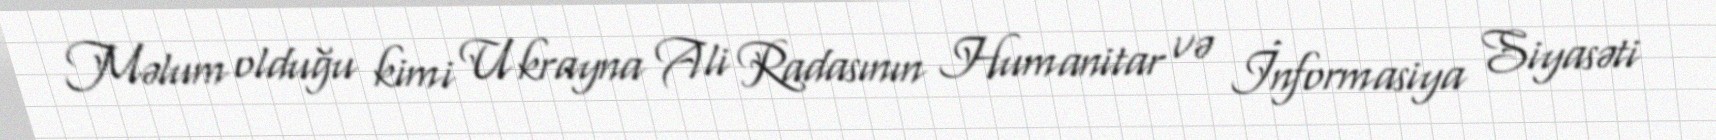
Məlum olduğu kimi Ukrayna Ali Radasının Humanitar və İnformasiya Siyasəti